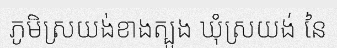
ភូមិស្រយង់ខាងត្បូង ឃុំស្រយង់ នៃ